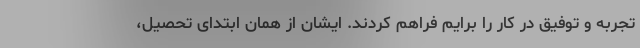
تجربه و توفیق در کار را برایم فراهم کردند. ایشان از همان ابتدای تحصیل،